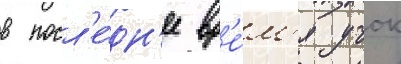
в посл'е́дн'ее вр'е́м'я учок